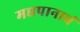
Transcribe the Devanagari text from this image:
मद्यपानाचं